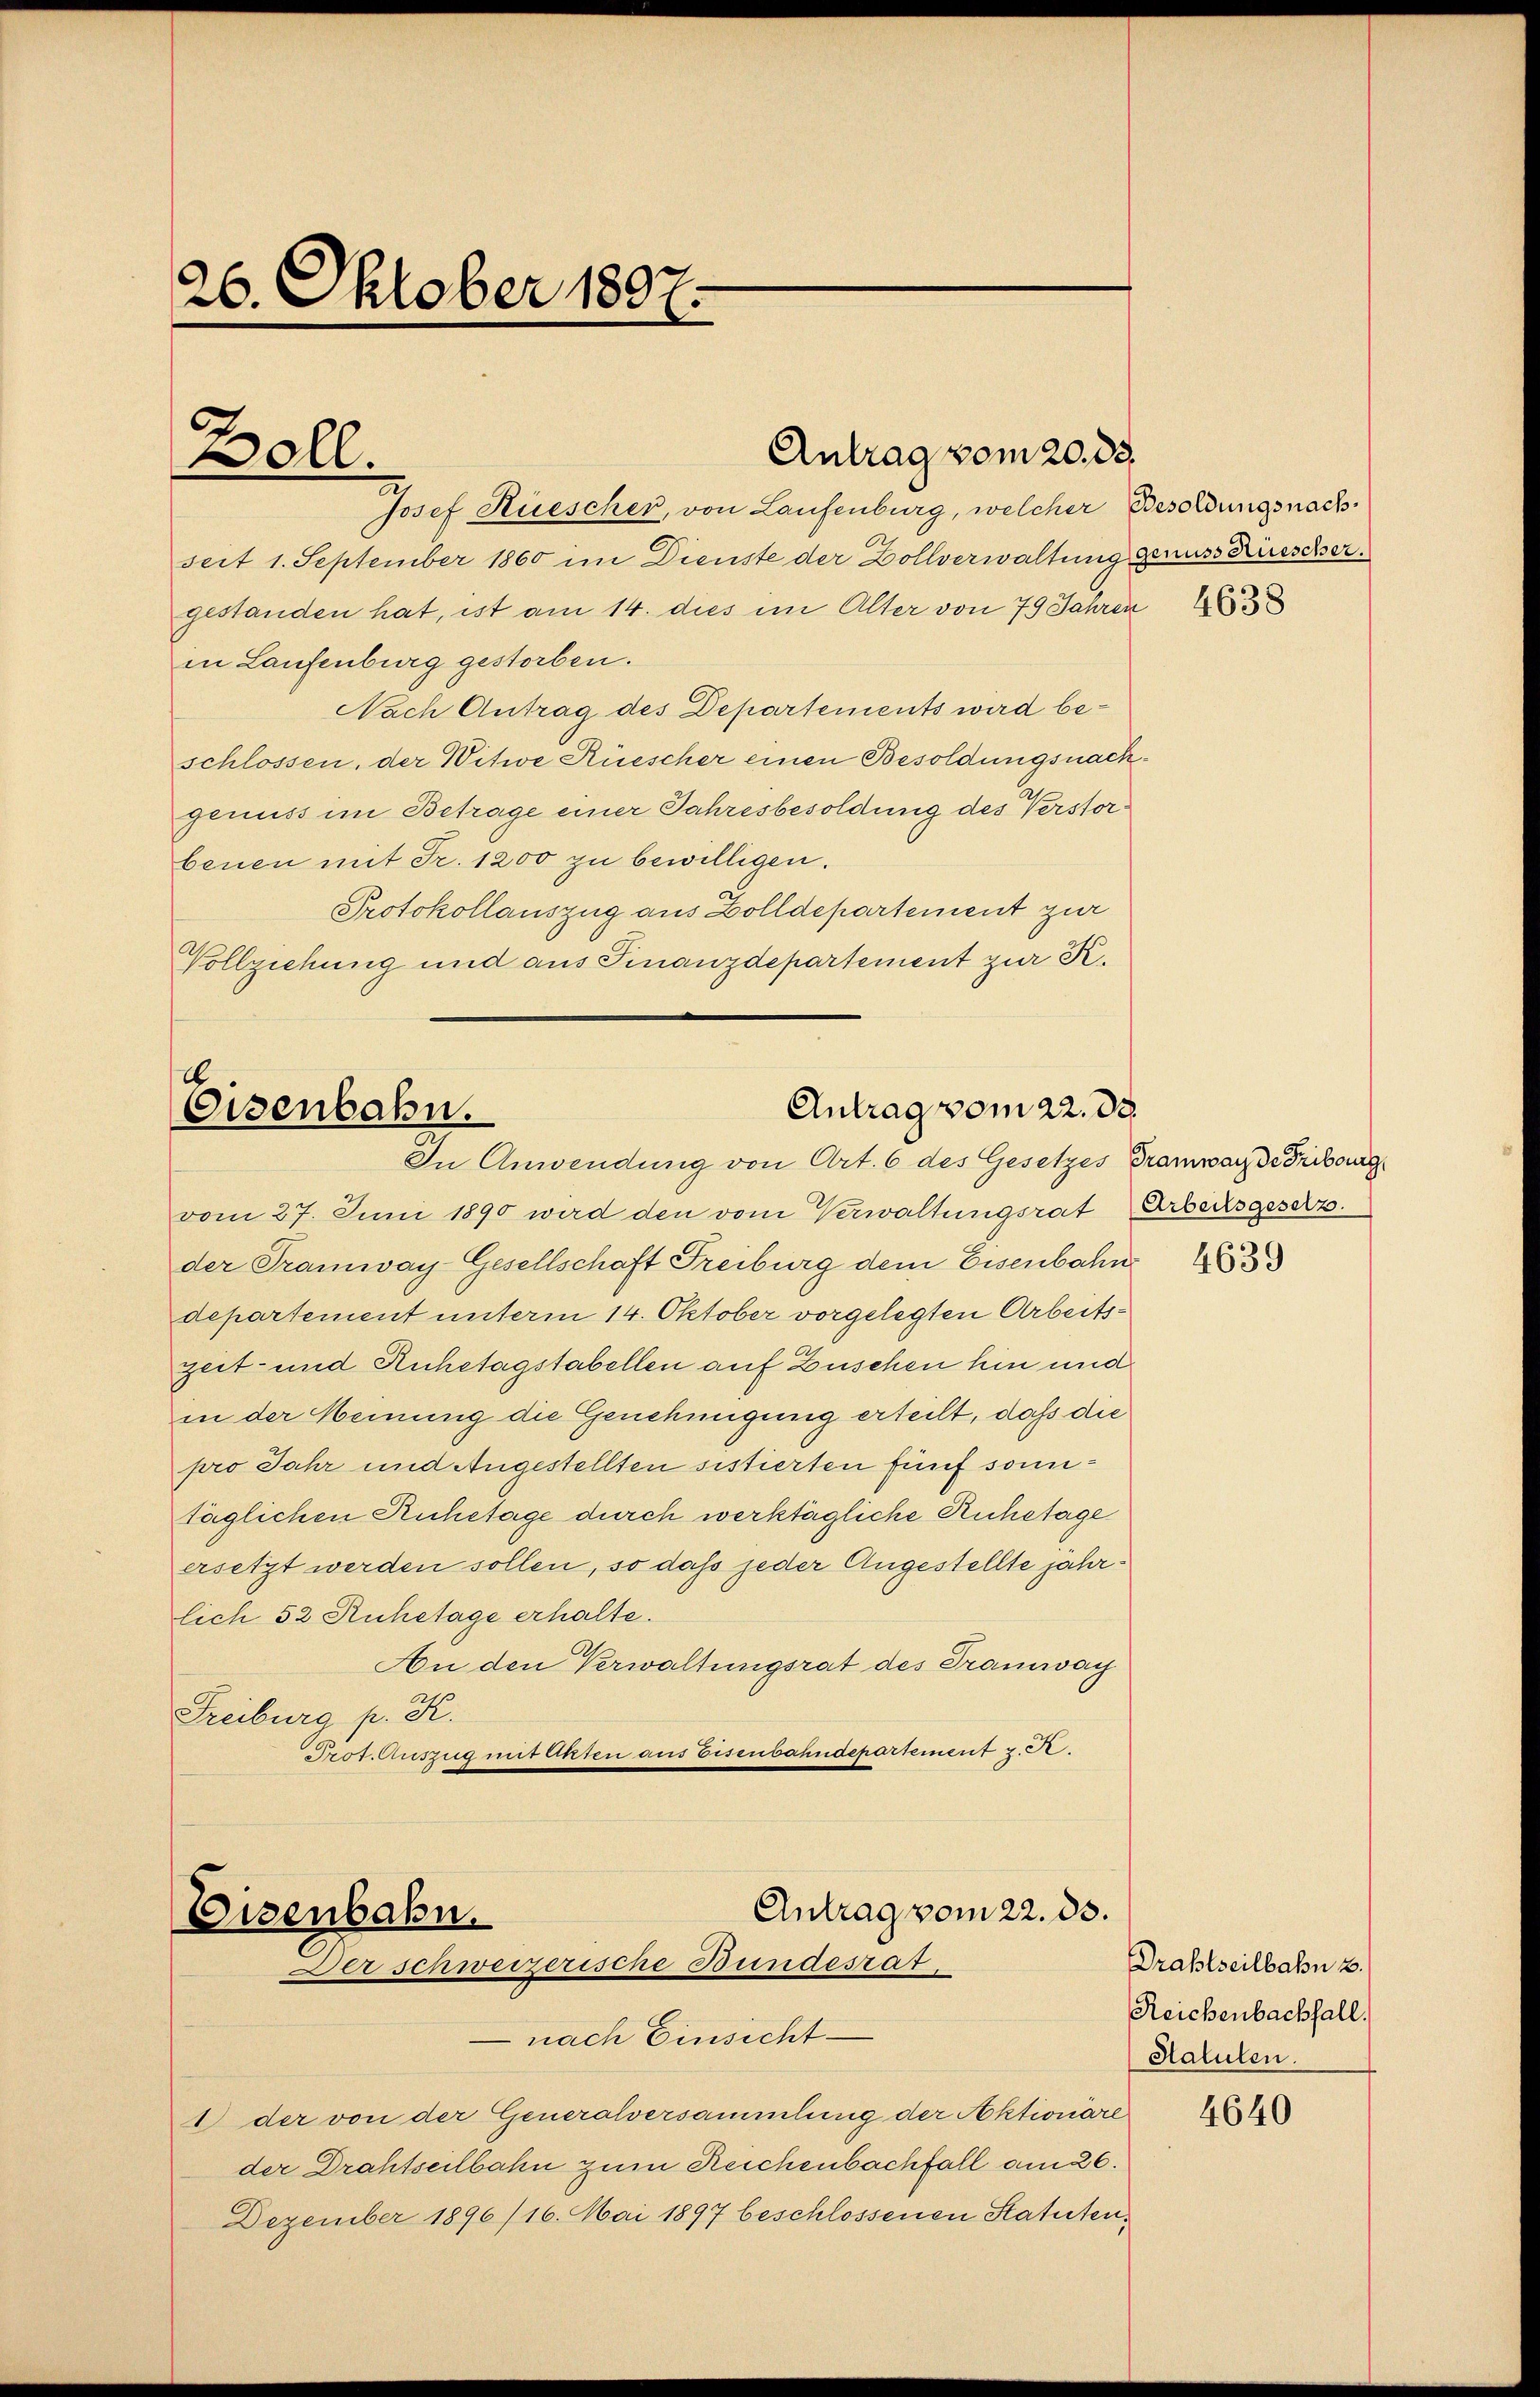
26. Oktober 1897.

Boll.

Antrag vom 20. 83.

Josef Rüescher, von Laufenburg, welcher Besoldungsnachseit 1. September 1860 im Dienste der Zollverwaltung genuss Rüescher.
gestanden hat, ist am 14. dies im Alter von 79 Jahren
in Laufenburg gestorben.
Nach Antrag des Departements wird beschlossen, der Witwe Küescher einen Besoldungsnachgenuss im Betrage einer Jahresbesoldung des Verstorbenen mit Fr. 1200 zu bewilligen.
Protokollauszug aus Zolldepartement zur
Vollziehung und aus Finanzdepartement zur K.

16
Antrag vom 22. de
Eisenbahn.
In Anwendung von Art. 6 des Gesetzes Tramwarz de Fribourg

Antrag vom 22. ds.
Eisenbahn.
Der schweizerische Bundesrat

nach Einsicht
1 der von der Generalversammlung der Aktionare
der Drahtseilbahn zum Reichenbachfall am 26.
Dezember 1896/16. Mai 1897 beschlossenen Statuten¬

vom 27. Juni 1890 wird den vom Verwaltungsrat Arbecksgesetz
der Tramway-Gesellschaft Freiburg dem Eisenbahn
departement unterm 14. Oktober vorgelegten Arbeitszeit- und Anhetagstabellen auf Zuschen hin und
in der Meinung die Genehmigung erteilt, daß die
pro Jahr und Angestellten sistierten fünf sonntäglichen Ruhetage durch werktägliche Ruhetage
ersetzt werden sollen, so daß jeder Angestellte jährlich 52 Ruhetage erhalte.
An den Verwaltungsrat des Tramway
Freiburg p. K.
Prof. Auszug mit Ohten aus Eisenbahndepartement z. R.

4638

4639

Drabtheilbahn 2.
Reichenbachfall.
Halulen.

4640